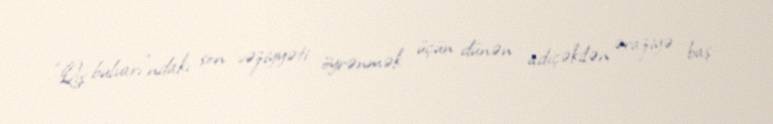
“Qış bulvarı”ndakı son vəziyyəti öyrənmək üçün dünən adıçəkilən əraziyə baş